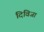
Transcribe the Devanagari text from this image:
दिविजा